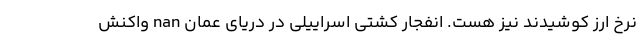
نرخ ارز کوشیدند نیز هست. انفجار کشتی اسراییلی در دریای عمان nan واکنش